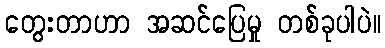
တွေးတာဟာ အဆင်ပြေမှု တစ်ခုပါပဲ။